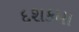
દશકમા